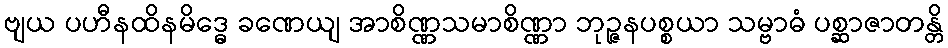
ဗျယ ပဟီနထိနမိဒ္ဓေ ခဏေယျ အာစိဏ္ဏသမာစိဏ္ဏာ ဘုဉ္ဇနပစ္စယာ သမ္ဗာဓံ ပစ္ဆာဇာတန္တိ